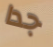
جدا